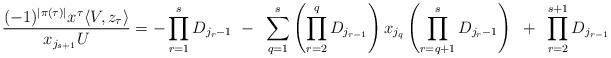
LaTeX: \begin{align*}\frac{(-1)^{|\pi(\tau)|} x^\tau \langle V,z_\tau\rangle }{x_{j_{s+1}}U}&= -\prod_{r=1}^{s} D_{j_{r}-1}~-~\sum_{q=1}^{s} \left(\prod_{r=2}^q D_{j_{r-1}}\right)x_{j_q} \left(\prod_{r=q+1}^{s} D_{j_{r}-1} \right)~+~\prod_{r=2}^{s+1} D_{j_{r-1}}\end{align*}